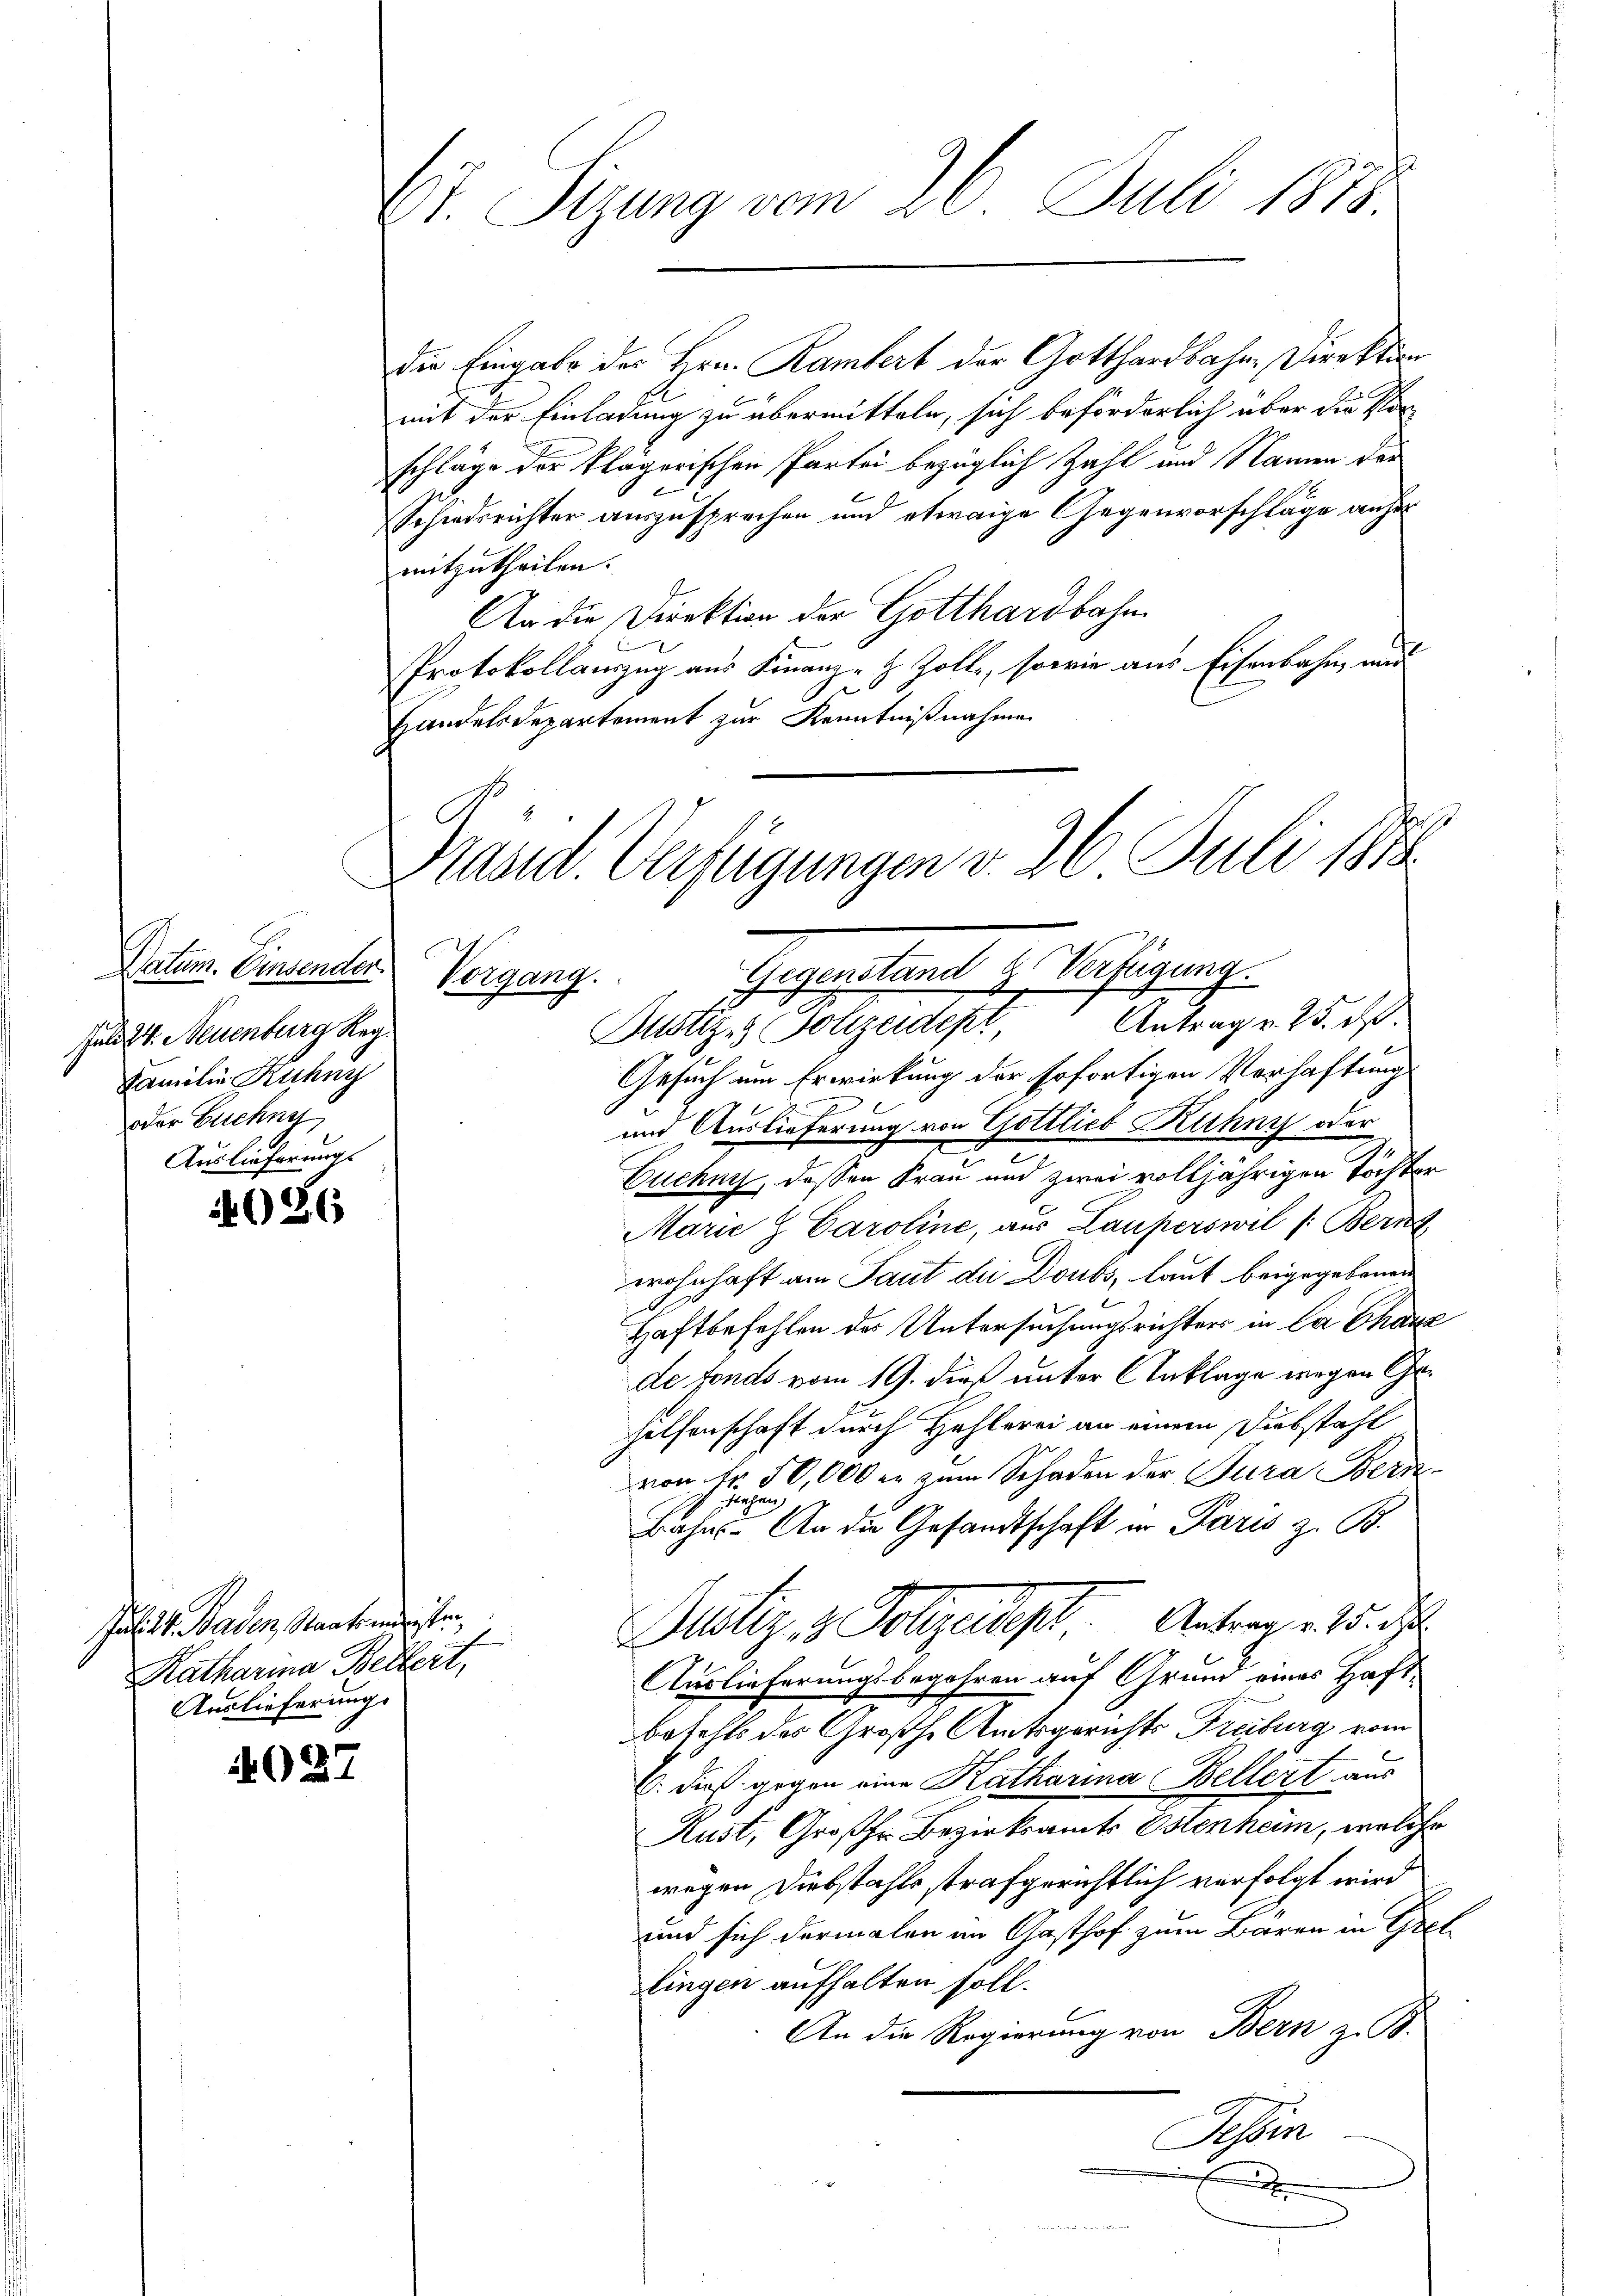
Datum. Einsenden.
Feld 24. Neuenburg Reg
Familie Ruhny
oder Euchne
Auslieferung.

4026

Julitt. Baden, Staatsministen
Katharina Bellert,
Auslieferung.

02

Et. Sizung vom 26. Juli 1878

die Eingabe des Hrn. Rambert der Gotthardbahne Direktion
mit der Einladung zu übermitteln, sich beförderlich über die S
schläge der klägerischen Partei bezüglich Zahl und Namen der
Schiedsrichter auszusprechen und etwaige Gegenvorschläge anher
mitzutheilen.
An die Direktion der Gotthardbahn.
Protokollauszug aus Finanz-Z Zolle, sowie aus Eisenbahn und
.
Handelsdepartement zur Kenntnißnahme
I

Präsid. Verfügungen v. 26. Juli 1888.
Gegenstand & Verfügung.
Vorgang.
Bustiz & Polizeident Antrag v. 25. ds.

Gesuch um Erwirkung der sofortigen Verhaftung
und Auslieferung von Gottlieb Kuhny oder
.
t
Euchnis, dessen Frau und zwei volljährigen Tochter
Marie & Caroline, aus Lauperswil /: Bern
wohnhaft am Saut die Doubs, laut beigegebenen
Haftbefehlen der Untersuchungsrichter in la chanz
de fonds vom 19. dieß unter Anklage wegen Gehelfenschaft durch Hehlerei an einem Diebstahl
von Fr. 50,000 er zum Schaden der Jura Bern
Bahn. An die Gesandtschaft in Paris z. B.
Justiz & Polizeist Antrag. 15. d.
Auslieferungsbegehren auf Grund eines Haftbefehls des Großhe Amtsgerichts Freiburg vom
C. dieß gegen eine Katharina Bellert aus
Rust, Großher Bezirksamte Petenten, welche
wegen Diebstahls strafgerichtlich verfolgt wird
und sich dermalen im Gasthof zum Baren in Gret
lingen aufhalten soll.
An die Regierung von Bern z. B.
Tessin
.